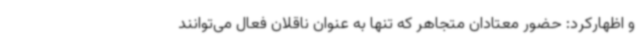
و اظهارکرد: حضور معتادان متجاهر که تنها به عنوان ناقلان فعال می‌توانند